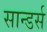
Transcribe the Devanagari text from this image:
सान्डर्स